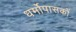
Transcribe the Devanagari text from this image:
धर्मोपासकों